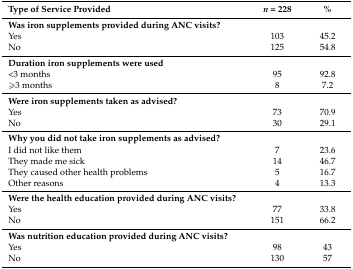
<table><thead><tr><td><b>Type of Service Provided</b></td><td><b><i>n</i> = 228</b></td><td><b>%</b></td></tr></thead><tbody><tr><td><b>Was iron supplements provided during ANC visits?</b></td><td></td><td></td></tr><tr><td>Yes</td><td>103</td><td>45.2</td></tr><tr><td>No</td><td>125</td><td>54.8</td></tr><tr><td><b>Duration iron supplements were used</b></td><td></td><td></td></tr><tr><td>&lt;3 months </td><td>95</td><td>92.8</td></tr><tr><td>≥3 months</td><td>8</td><td>7.2</td></tr><tr><td><b>Were iron supplements taken as advised?</b></td><td></td><td></td></tr><tr><td>Yes</td><td>73</td><td>70.9</td></tr><tr><td>No</td><td>30</td><td>29.1</td></tr><tr><td><b>Why you did not take iron supplements as advised?</b></td><td></td><td></td></tr><tr><td>I did not like them</td><td>7</td><td>23.6</td></tr><tr><td>They made me sick</td><td>14</td><td>46.7</td></tr><tr><td>They caused other health problems</td><td>5</td><td>16.7</td></tr><tr><td>Other reasons</td><td>4</td><td>13.3</td></tr><tr><td><b>Were the health education provided during ANC visits?</b></td><td></td><td></td></tr><tr><td>Yes</td><td>77</td><td>33.8</td></tr><tr><td>No</td><td>151</td><td>66.2</td></tr><tr><td><b>Was nutrition education provided during ANC visits?</b></td><td></td><td></td></tr><tr><td>Yes</td><td>98</td><td>43</td></tr><tr><td>No</td><td>130</td><td>57</td></tr></tbody></table>